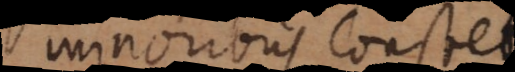
minoribus constet.